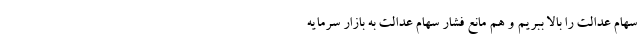
سهام عدالت را بالا ببریم و هم مانع فشار سهام عدالت به بازار سرمایه